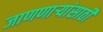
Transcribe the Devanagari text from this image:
जाणणार्‍यांसाठी